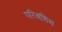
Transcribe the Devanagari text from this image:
परिबशिथ